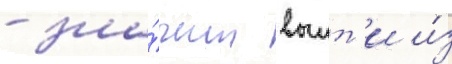
- зна́чит выит'и и́з